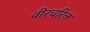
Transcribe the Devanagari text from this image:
वीरचरित